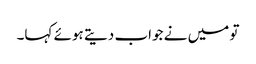
تو میں نے جواب دیتے ہوئے کہا۔